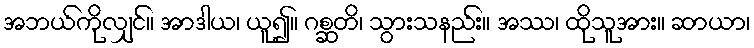
အဘယ်ကိုလျှင်။ အာဒါယ၊ ယူ၍။ ဂစ္ဆတိ၊ သွားသနည်း။ အဿ၊ ထိုသူအား။ ဆာယာ၊